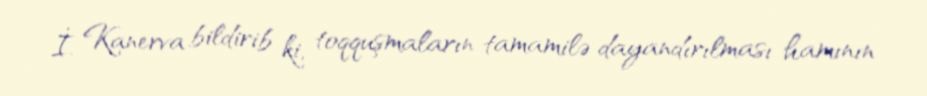
İ. Kanerva bildirib ki, toqquşmaların tamamilə dayandırılması hamının